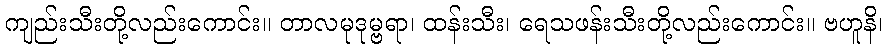
ကျည်းသီးတို့လည်းကောင်း။ တာလမုဒုမ္ဗရာ၊ ထန်းသီး၊ ရေသဖန်းသီးတို့လည်းကောင်း။ ဗဟူနိ၊